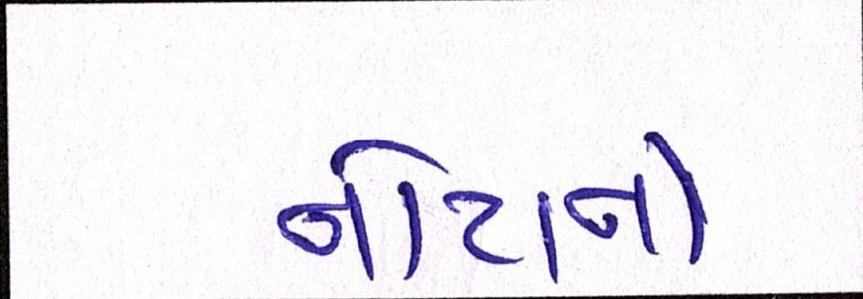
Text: નોટાનો